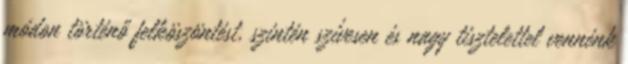
módon történő felköszöntést, szintén szívesen és nagy tisztelettel vennénk